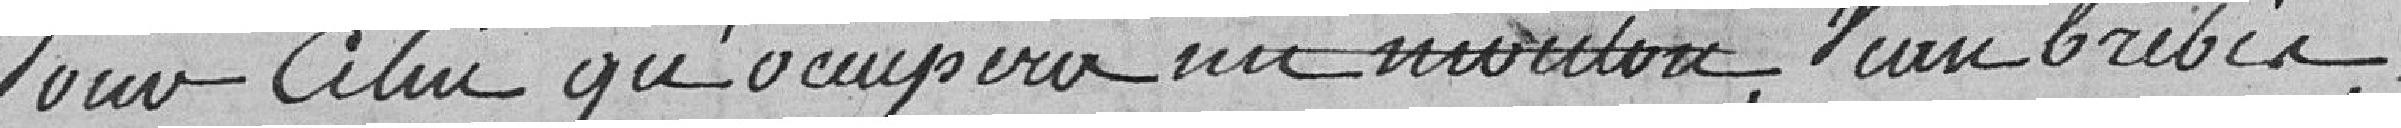
Pour celui qu'occupera un mouton, une brebis